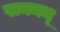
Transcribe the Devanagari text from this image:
रामनन्‌